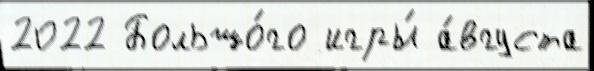
2022 Большо́го игры́ а́вгуста